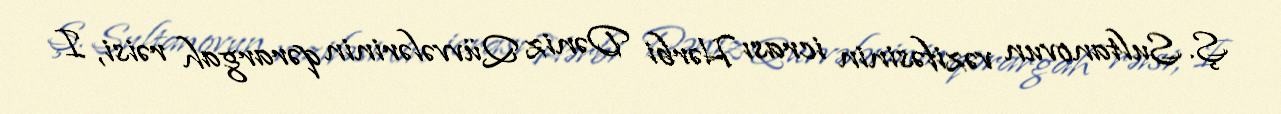
Ş. Sultanovun vəzifəsinin icrası Hərbi Dəniz Qüvvələrinin qərargah rəisi, I